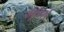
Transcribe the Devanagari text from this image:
मूलर्स